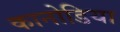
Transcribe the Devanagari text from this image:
कानोडिया